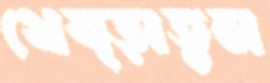
থেব্‌ড়াতুম